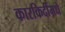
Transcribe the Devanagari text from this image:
कारकिर्दीमधे